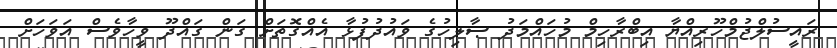
ރައީސުލްޖުމްހޫރިއްޔާ އިބްރާހިމް މުހައްމަދު ޞާލިހުގެ ވައުދުފުޅާ އެއްގޮތަށް ގަން ގައްދޫ ވީހާވެސް އަވަހަށް